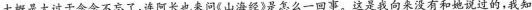
大概是太过于念念不忘了，连阿长也来问《山海经》是怎么一回事。这是我向来没有和她说过的，我知